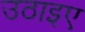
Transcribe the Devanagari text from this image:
उठाइए